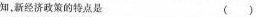
知，经济政策的特点是 ( )